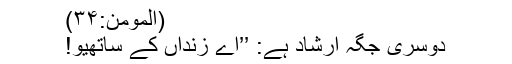
(المومن:۳۴)
دوسری جگہ ارشاد ہے: ’’اے زنداں کے ساتھیو!